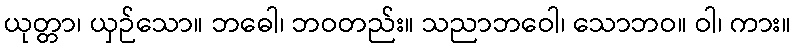
ယုတ္တာ၊ ယှဉ်သော။ ဘဓေါ၊ ဘဝတည်း။ သညာဘဝေါ၊ သောဘဝ။ ဝါ၊ ကား။